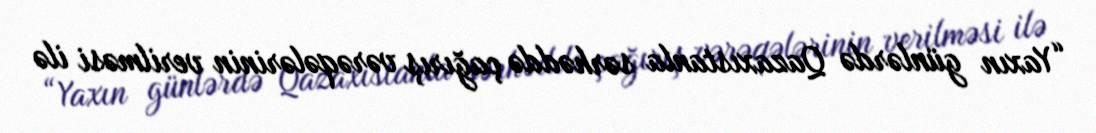
“Yaxın günlərdə Qazaxıstanla sərhəddə çağırış vərəqələrinin verilməsi ilə